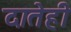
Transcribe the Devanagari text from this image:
दातेही